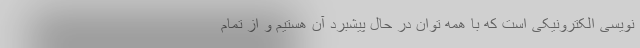
نویسی الکترونیکی است که با همه توان در حال پیشبرد آن هستیم و از تمام